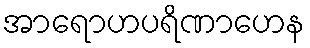
အာရောဟပရိဏာဟေန